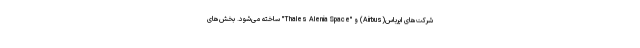
شرکت‌های ایرباس(Airbus) و "Thales Alenia Space" ساخته می‌شود. بخش‌های